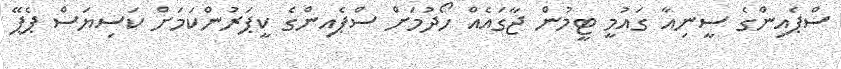
ސްޕެއިންގެ ސީނިއާ ގައުމީ ޓީމުން ޖާގައެއް ހޯދުމަށް ސްޕެއިންގެ ކީޕަރުންކަމަށް ކަސިޔަސް ޕެޕޭ